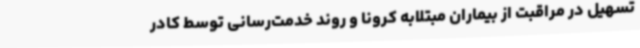
تسهیل در مراقبت از بیماران مبتلابه کرونا و روند خدمت‌رسانی توسط کادر